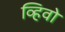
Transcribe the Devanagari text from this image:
व्हिवो